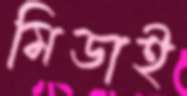
মিডাই